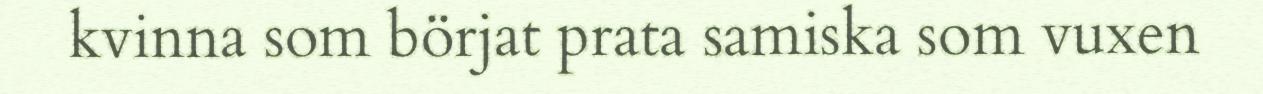
kvinna som börjat prata samiska som vuxen